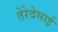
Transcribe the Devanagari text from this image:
तेरेदेसाई